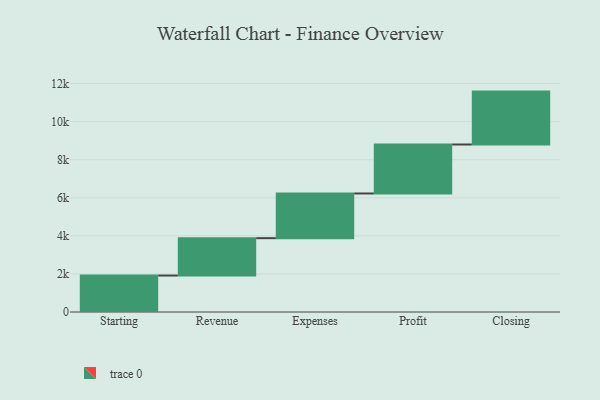
{"axis": {"x": "Step", "y": "Value"}, "legend": [""], "data": [{"x": "Starting", "y": 1916.0, "type": ""}, {"x": "Revenue", "y": 1963.0, "type": ""}, {"x": "Expenses", "y": 2348.0, "type": ""}, {"x": "Profit", "y": 2573.0, "type": ""}, {"x": "Closing", "y": 2779.0, "type": ""}]}